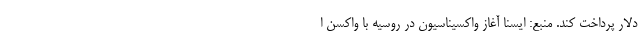
دلار پرداخت کند. منبع: ایسنا آغاز واکسیناسیون در روسیه با واکسن ا